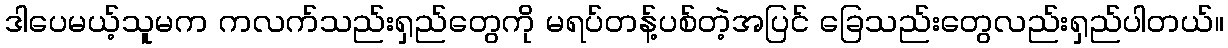
ဒါပေမယ့်သူမက ကလက်သည်းရှည်တွေကို မရပ်တန့်ပစ်တဲ့အပြင် ခြေသည်းတွေလည်းရှည်ပါတယ်။